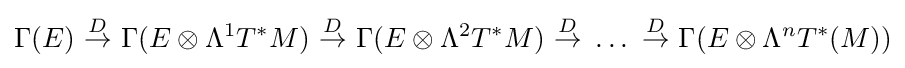
\Gamma (E)\ {\stackrel {D}{\to }}\ \Gamma (E\otimes \Lambda ^{1}T^{*}M)\ {\stackrel {D}{\to }}\ \Gamma (E\otimes \Lambda ^{2}T^{*}M)\ {\stackrel {D}{\to }}\ \dots \ {\stackrel {D}{\to }}\ \Gamma (E\otimes \Lambda ^{n}T^{*}(M))